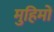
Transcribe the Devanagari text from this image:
मुहिमों